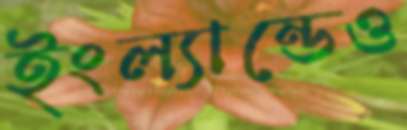
ইংল্যান্ডেও